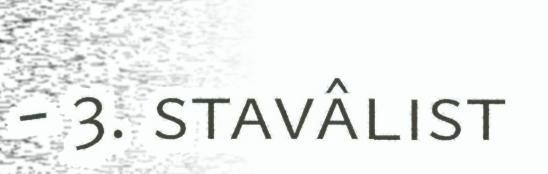
- 3. stavâlist